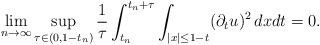
\begin{align*}\lim_{n\to\infty}\sup_{\tau\in(0,1-t_n)}\frac{1}{\tau}\int_{t_n}^{t_n+\tau}\int_{|x|\leq 1-t}(\partial_tu)^2\,dxdt=0.\end{align*}